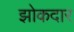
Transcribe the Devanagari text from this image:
झोकदार